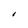
Character: I